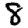
Digit: 8